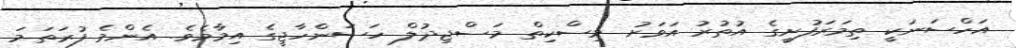
އަހްސަނަކީ ތިމަރަފުށީގެ އުތުރު އަވަށު މިސްކިތް މަސްޖިދުލް ހަސަންހާޖީގެ އިމާމެވެ. އެންމެ ފުރަތަމަ